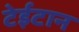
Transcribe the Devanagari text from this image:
टेईटान